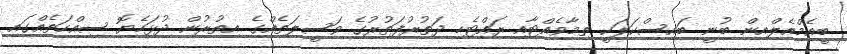
ބީއެމްއެލްއިން ބުނީ ބައިސްކަލަކީ ތިމާވެއްޓާއި ރައްޓެހި ދަތުރުފަތުރުގެ ވަސީލަތެއްގެ އިތުރުން ދުޅަހެޔޮ ސިއްހަތެއްގައި